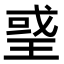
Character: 𤦒